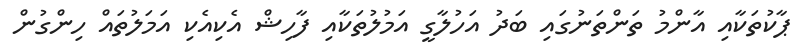
ޕާކުތަކާއި އާންމު ތަންތަނުގައި ބަދު އަހުލާގީ އަމުލުތަކާއި ފާހިޝް އެކިއެކި އަމަލުތައް ހިންގުން